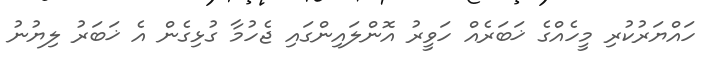
ހައްޔަރުކުރި މީހެއްގެ ޚަބަރެއް ހަވީރު އޮންލައިންގައި ޖެހުމާ ގުޅިގެން އެ ޚަބަރު ލިޔުނު